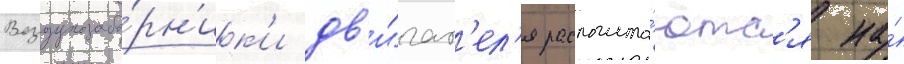
Воздухозабо́рн'ик'и дв'и́гат'ел'я располага́ютс'я на́